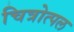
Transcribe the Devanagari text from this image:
चित्रोत्पल